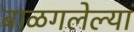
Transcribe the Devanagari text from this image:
बाळगलेल्या